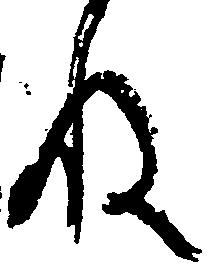
ね